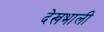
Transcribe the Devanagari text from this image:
देखभाली